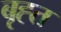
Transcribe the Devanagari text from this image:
बृह्त